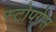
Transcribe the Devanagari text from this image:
स्टोपगेस